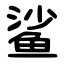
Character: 鲨